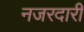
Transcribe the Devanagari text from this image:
नजरदारी